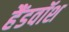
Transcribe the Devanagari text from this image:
हैंडवॉश